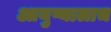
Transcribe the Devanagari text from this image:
आयुष्यालाच